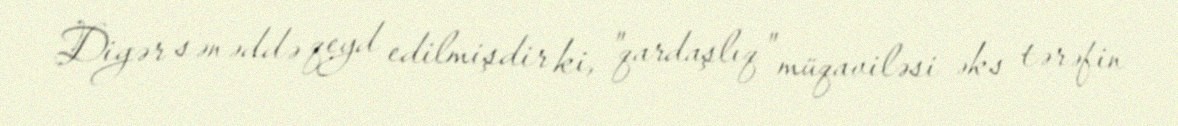
Digər sənəddə qeyd edilmişdir ki, "qardaşlıq" müqaviləsi əks tərəfin